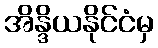
အိန္ဒိယနိုင်ငံမှ